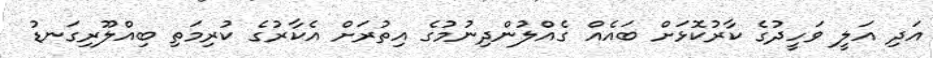
އަދި އަލީ ވަހީދުގެ ކާރުކޮޅަށް ބައެއް ގެއްލުންދިނުމުގެ އިތުރަށް އެކާރުގެ ކުރިމަތި ބިއްލޫރިގަނޑު